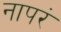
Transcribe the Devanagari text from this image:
नापरं